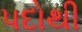
પદોથી